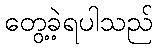
တွေ့ခဲ့ရပါသည်